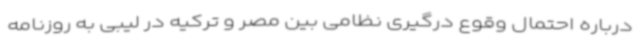
درباره احتمال وقوع درگیری نظامی بین مصر و ترکیه در لیبی به روزنامه